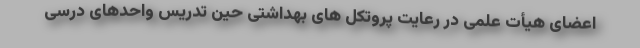
اعضای هیأت علمی در رعایت پروتکل های بهداشتی حین تدریس واحدهای درسی